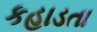
કહાડતા